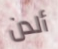
ألدن